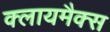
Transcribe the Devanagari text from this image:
क्लायमैक्स